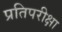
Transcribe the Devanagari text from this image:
प्रतिपरीक्षा